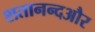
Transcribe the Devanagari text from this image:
शतानन्दऔर